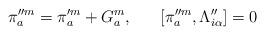
LaTeX: \begin{align*}\pi^{\prime \prime m}_a = \pi^{\prime m}_a + G^m_a, \; \; \; \; \; \; [\pi^{\prime \prime m}_a, \Lambda^{\prime \prime}_{i\alpha}] = 0\end{align*}